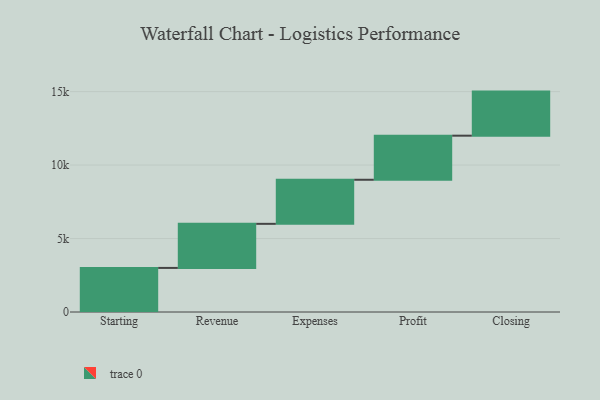
{"axis": {"x": "Step", "y": "Value"}, "legend": [""], "data": [{"x": "Starting", "y": 3000, "type": ""}, {"x": "Revenue", "y": 3000, "type": ""}, {"x": "Expenses", "y": 3000, "type": ""}, {"x": "Profit", "y": 3000, "type": ""}, {"x": "Closing", "y": 3000, "type": ""}]}